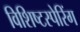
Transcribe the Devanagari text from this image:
विशिष्टस्पेरिंग